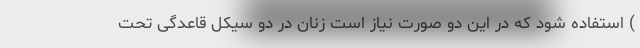
) استفاده شود که در این دو صورت نیاز است زنان در دو سیکل قاعدگی تحت